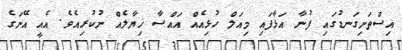
އިސްތަށިގަނޑުގައި ފުނާ އަޅާފައި މިއަލް ހުޅިއެއް އައްސާ ޚިޔާލެއް ނުކުރިއެވެ. އެއީ އޭނަގެ